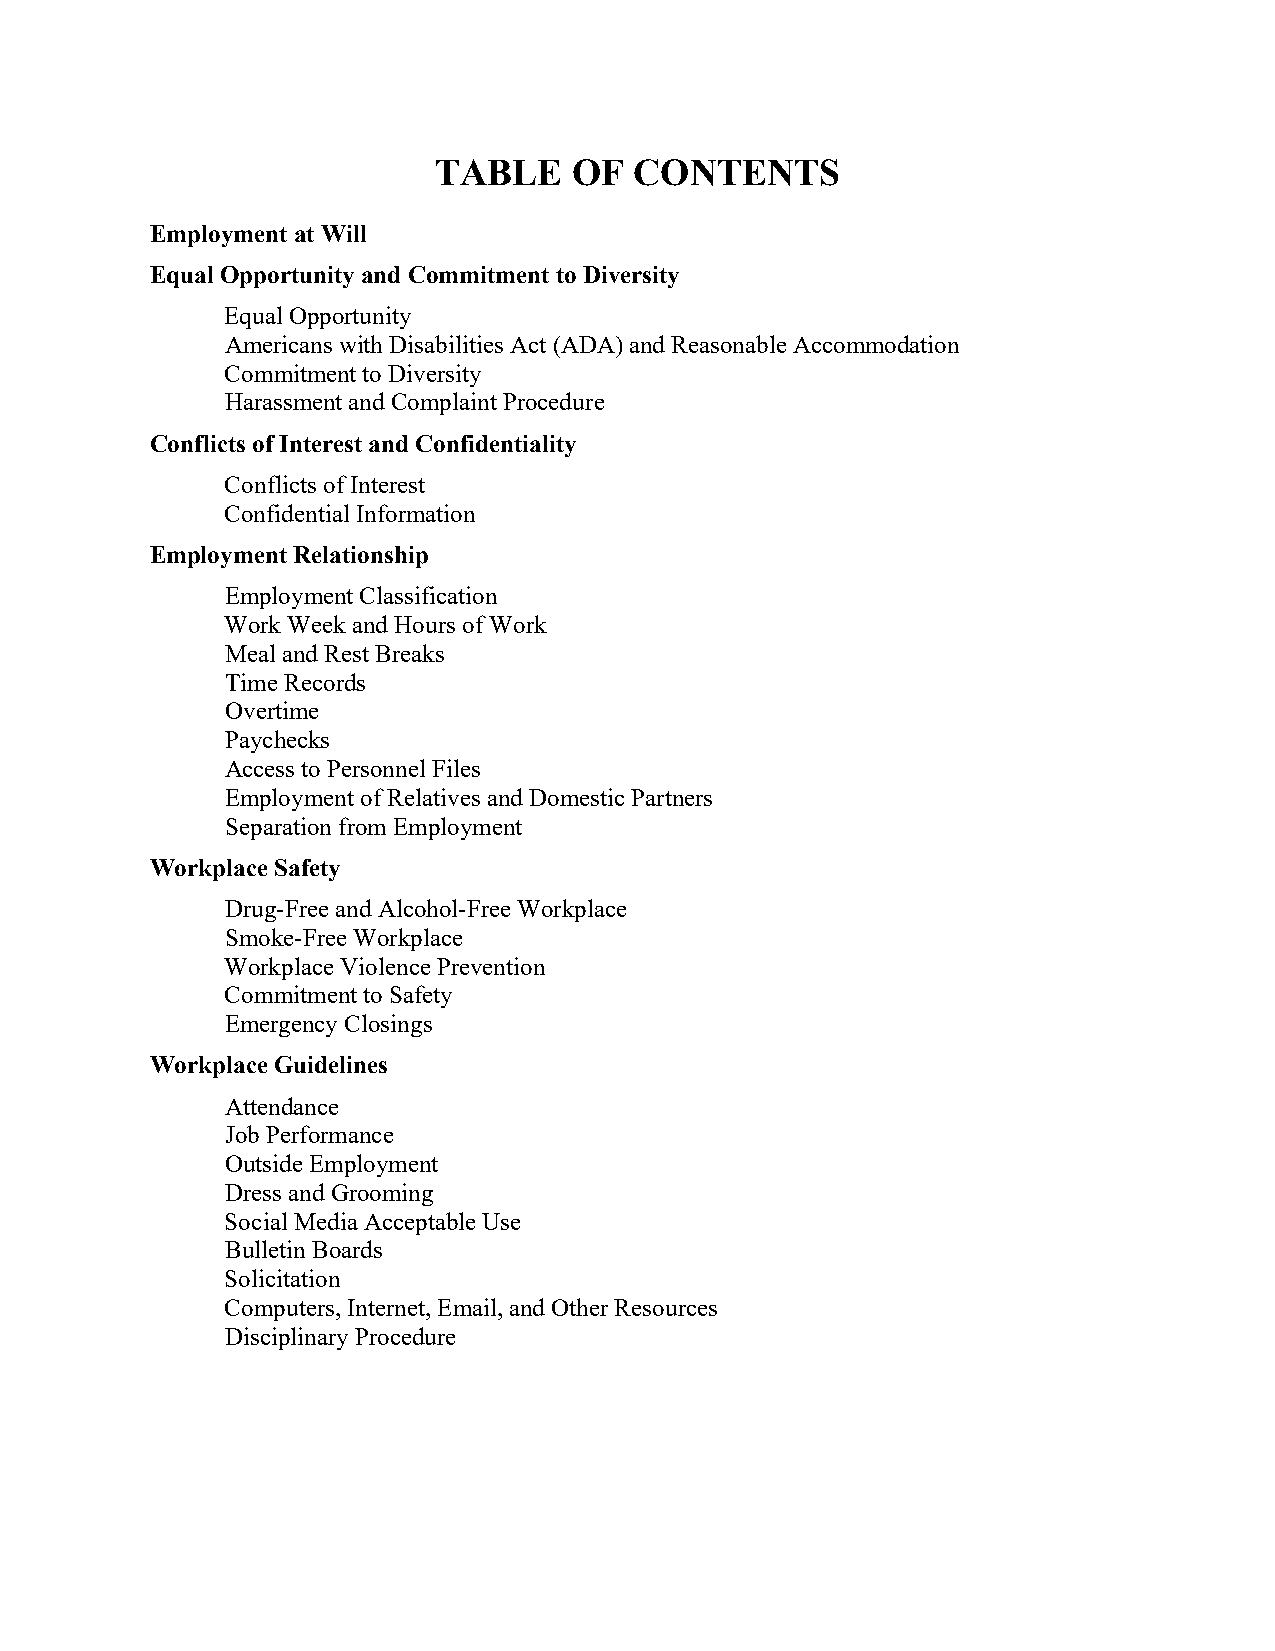
TABLE    OF  CONTENTS
 Employment at Will
 Equal Opportunity and Commitment to Diversity
 Equal Opportunity
 Americans with Disabilities Act (ADA) and Reasonable Accommodation
 Commitment to Diversity
 Harassment and Complaint Procedure
 Conflicts of Interest and Confidentiality
 Conflicts of Interest
 Confidential Information
 Employment Relationship
 Employment Classification
 Work Week and Hours of Work
 Meal and Rest Breaks
 Time Records
 Overtime
 Paychecks
 Access to Personnel Files
 Employment of Relatives and Domestic Partners
 Separation from Employment
 Workplace Safety
 Drug-Free and Alcohol-Free Workplace
 Smoke-Free Workplace
 Workplace Violence Prevention
 Commitment to Safety
 Emergency Closings
 Workplace Guidelines
 Attendance
 Job Performance
 Outside Employment
 Dress and Grooming
 Social Media Acceptable Use
 Bulletin Boards
 Solicitation
 Computers, Internet, Email, and Other Resources
 Disciplinary Procedure